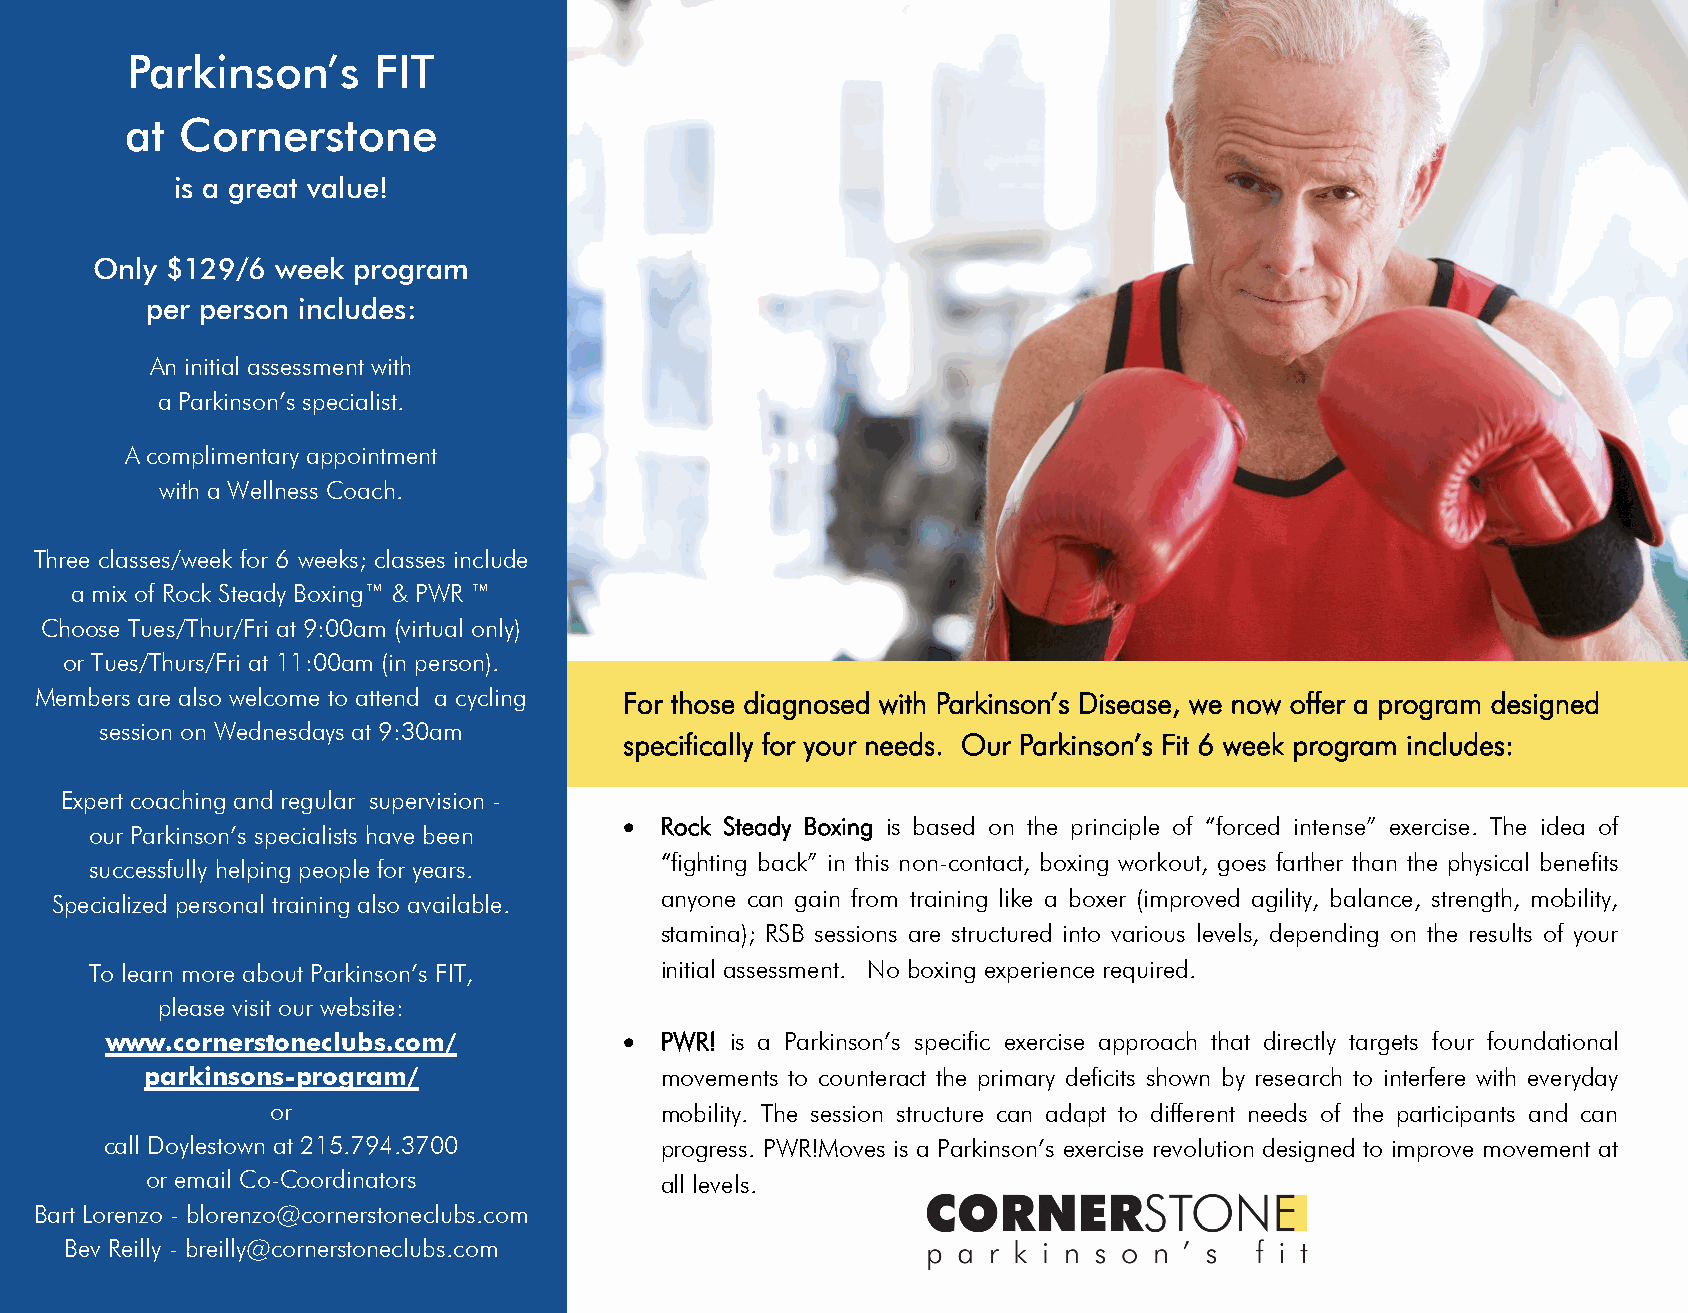
Parkinson’s      FIT
 at  Cornerstone
 is a great value!
 Only $129/6 week program
 per person includes:
 An initial assessment with
 a Parkinson’s specialist.
 A complimentary appointment
 with a Wellness Coach.
 Three classes/week for 6 weeks; classes include
 a mix of Rock Steady Boxing™ & PWR ™
 Choose Tues/Thur/Fri at 9:00am (virtual only)
 or Tues/Thurs/Fri at 11:00am (in person).
 Members are also welcome to attend a cycling For those diagnosed with Parkinson’s Disease, we now offer a program designed
 session on Wednesdays at 9:30am
 specifically for your needs. Our Parkinson’s Fit 6 week program includes:
 Expert coaching and regular supervision -
 •  Rock Steady Boxing is based on the principle of “forced intense” exercise. The idea of
 our Parkinson’s specialists have been
 “fighting back” in this non-contact, boxing workout, goes farther than the physical benefits
 successfully helping people for years.
 Specialized personal training also available. anyone can gain from training like a boxer (improved agility, balance, strength, mobility,
 stamina); RSB sessions are structured into various levels, depending on the results of your
 To learn more about Parkinson’s FIT,  initial assessment. No boxing experience required.
 please visit our website:
 www.cornerstoneclubs.com/         •  PWR! is a Parkinson’s specific exercise approach that directly targets four foundational
 parkinsons-program/               movements to counteract the primary deficits shown by research to interfere with everyday
 or                        mobility. The session structure can adapt to different needs of the participants and can
 call Doylestown at 215.794.3700      progress. PWR!Moves is a Parkinson’s exercise revolution designed to improve movement at
 or email Co-Coordinators          all levels.
 Bart Lorenzo - blorenzo@cornerstoneclubs.com
 Bev Reilly - breilly@cornerstoneclubs.com